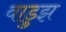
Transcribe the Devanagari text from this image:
वाडुझ